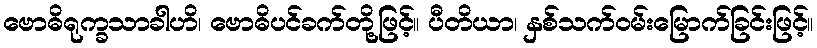
ဗောဓိရုက္ခသာခါဟိ၊ ဗောဓိပင်ခက်တို့ဖြင့်။ ပီတိယာ၊ နှစ်သက်ဝမ်းမြောက်ခြင်းဖြင့်။